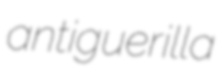
antiguerilla